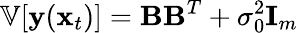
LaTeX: \mathbb V[\mathbf y(\mathbf x_{t})]=\mathbf B\mathbf B^{T}+\sigma_{0}^{2}\mathbf I_{m}